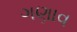
ગણાવ